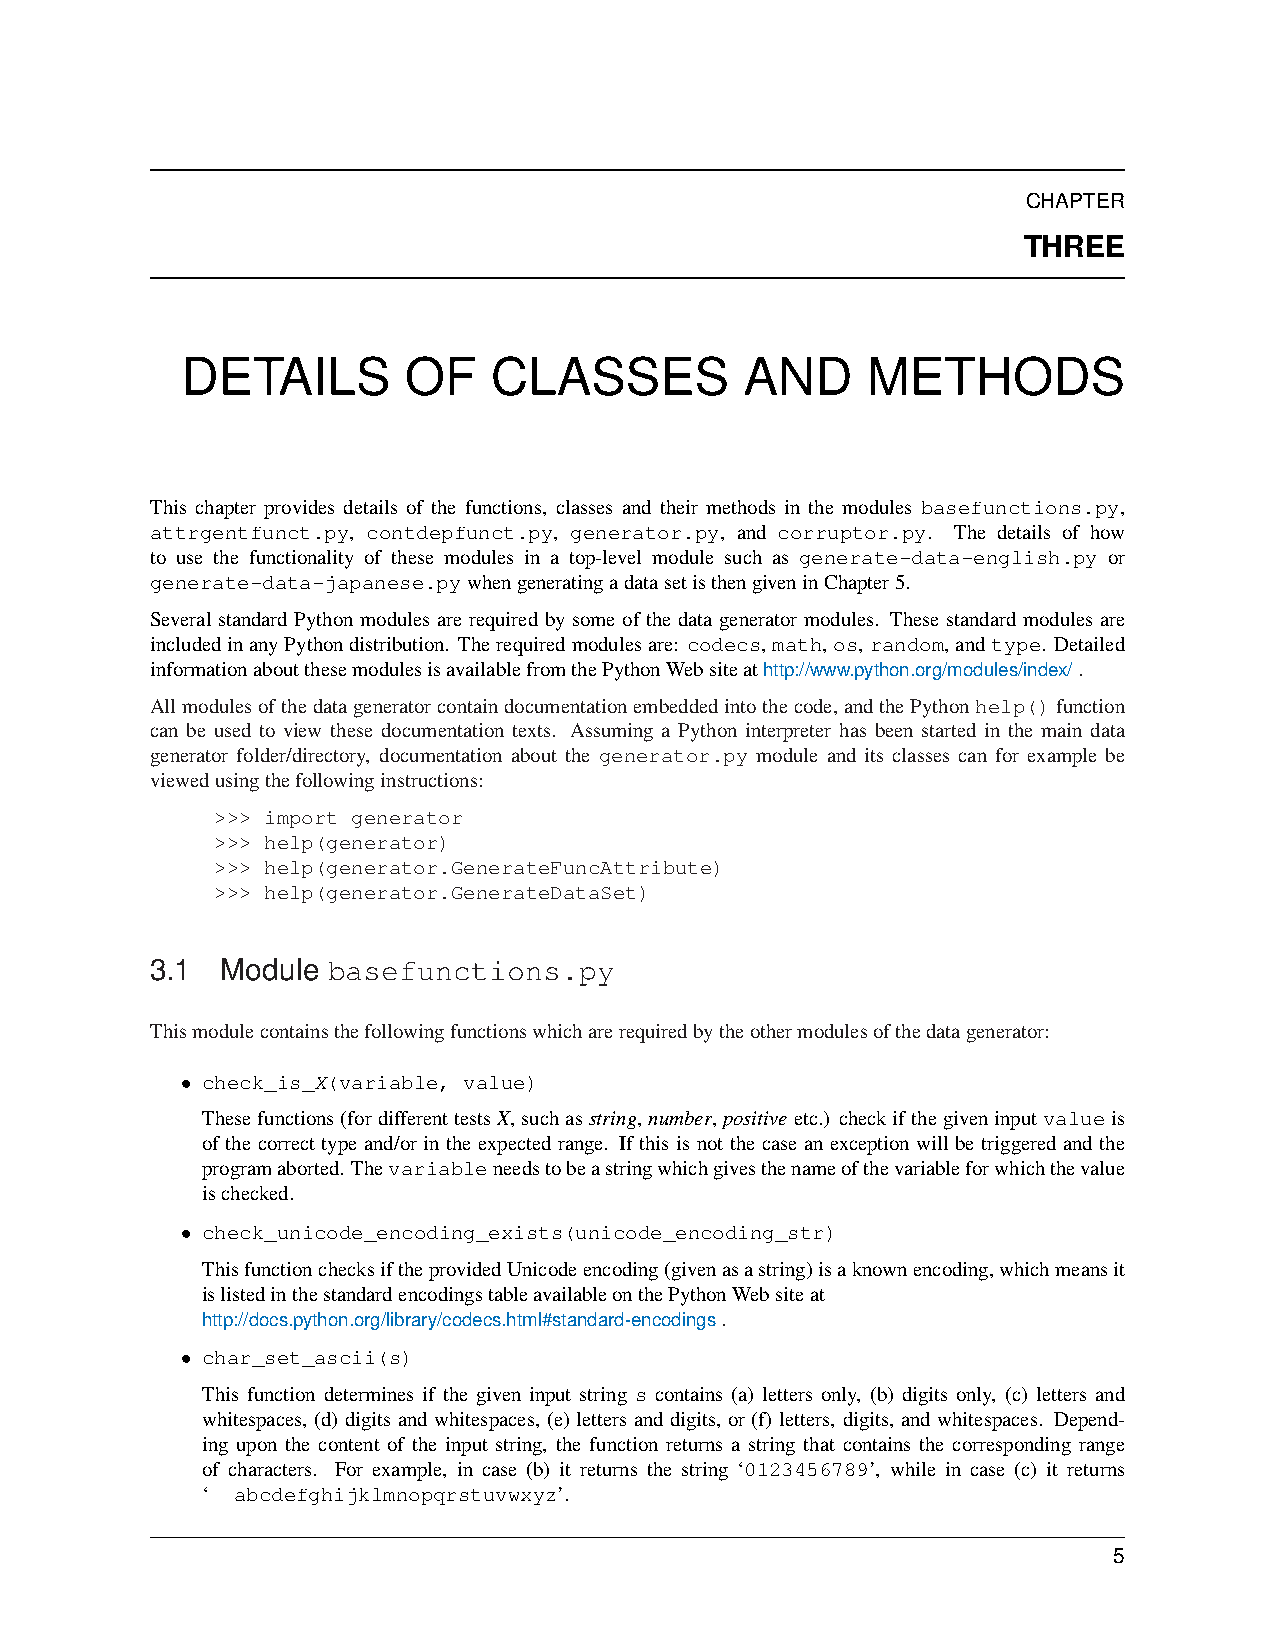
CHAPTER
 THREE
 DETAILS        OF   CLASSES          AND     METHODS
 This chapter provides details of the functions, classes and their methods in the modules basefunctions.py,
 attrgentfunct.py, contdepfunct.py, generator.py, and corruptor.py. The details of how
 to use the functionality of these modules in a top-level module such as generate-data-english.py or
 generate-data-japanese.pywhengeneratingadatasetisthengiveninChapter5.
 Several standard Python modules are required by some of the data generator modules. These standard modules are
 includedinanyPythondistribution. Therequiredmodulesare: codecs,math,os,random,andtype. Detailed
 informationaboutthesemodulesisavailablefromthePythonWebsiteathttp://www.python.org/modules/index/.
 Allmodulesofthedatageneratorcontaindocumentationembeddedintothecode,andthePythonhelp()function
 can be used to view these documentation texts. Assuming a Python interpreter has been started in the main data
 generator folder/directory, documentation about the generator.py module and its classes can for example be
 viewedusingthefollowinginstructions:
 >>> import generator
 >>> help(generator)
 >>> help(generator.GenerateFuncAttribute)
 >>> help(generator.GenerateDataSet)
 3.1  Module basefunctions.py
 Thismodulecontainsthefollowingfunctionswhicharerequiredbytheothermodulesofthedatagenerator:
 • check_is_X(variable, value)
 Thesefunctions(fordifferenttestsX,suchasstring,number,positiveetc.) checkifthegiveninputvalueis
 of the correct type and/or in the expected range. If this is not the case an exception will be triggered and the
 programaborted. Thevariableneedstobeastringwhichgivesthenameofthevariableforwhichthevalue
 ischecked.
 • check_unicode_encoding_exists(unicode_encoding_str)
 ThisfunctionchecksiftheprovidedUnicodeencoding(givenasastring)isaknownencoding,whichmeansit
 islistedinthestandardencodingstableavailableonthePythonWebsiteat
 http://docs.python.org/library/codecs.html#standard-encodings.
 • char_set_ascii(s)
 This function determines if the given input string s contains (a) letters only, (b) digits only, (c) letters and
 whitespaces, (d) digits and whitespaces, (e) letters and digits, or (f) letters, digits, and whitespaces. Depend-
 ing upon the content of the input string, the function returns a string that contains the corresponding range
 of characters. For example, in case (b) it returns the string ‘0123456789’, while in case (c) it returns
 ‘ abcdefghijklmnopqrstuvwxyz’.
 5